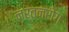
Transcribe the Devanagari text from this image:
नर्तनरोग